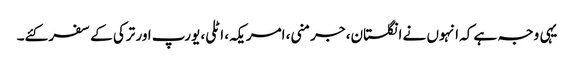
یہی وجہ ہے کہ انہوں نے انگلستان، جرمنی، امریکہ، اٹلی، یورپ اور ترکی کے سفر کئے۔